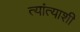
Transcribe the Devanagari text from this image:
त्यांत्याशी